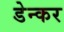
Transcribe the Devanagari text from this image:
डेन्कर